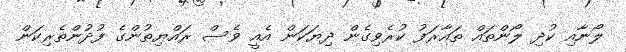
ލޯނާއި ކުދި ލޯންތައް ތައާރަފު ކުރެވިގެން ދިޔަކަން އެއީ ވެސް ރައްޔިތުންގެ ފުދުންތެރިކަން